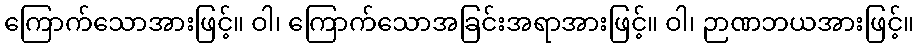
ကြောက်သောအားဖြင့်။ ဝါ၊ ကြောက်သောအခြင်းအရာအားဖြင့်။ ဝါ၊ ဉာဏဘယအားဖြင့်။